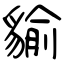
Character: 貐